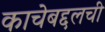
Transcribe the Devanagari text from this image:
काचेबद्दलची